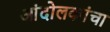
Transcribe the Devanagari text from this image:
आंदोलकांचा